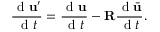
\frac { \mathrm { ~ d ~ } \mathbf { u } ^ { \prime } } { \mathrm { ~ d ~ } t } = \frac { \mathrm { ~ d ~ } \mathbf { u } } { \mathrm { ~ d ~ } t } - \mathbf { R } \frac { \mathrm { ~ d ~ } \bar { \mathbf { u } } } { \mathrm { ~ d ~ } t } .